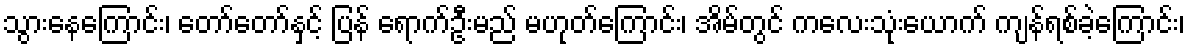
သွားနေကြောင်း၊ တော်တော်နှင့် ပြန် ရောက်ဦးမည် မဟုတ်ကြောင်း၊ အိမ်တွင် ကလေးသုံးယောက် ကျန်ရစ်ခဲ့ကြောင်း၊